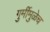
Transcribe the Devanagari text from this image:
गुर्मीमुळेच